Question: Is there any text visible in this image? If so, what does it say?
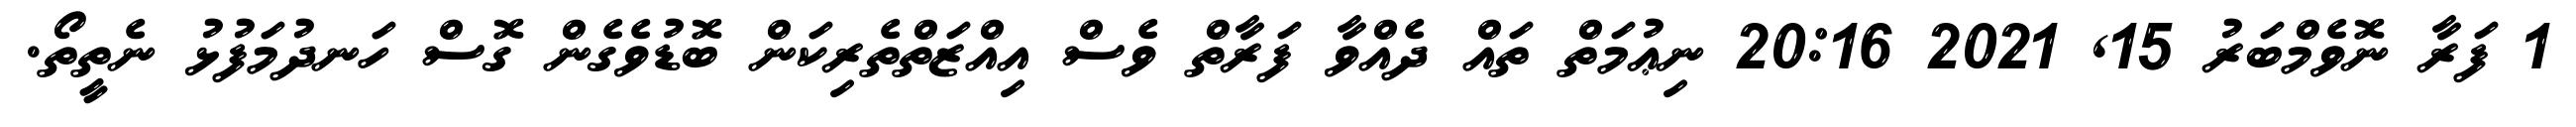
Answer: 1 ފަރާ ނޮވެމްބަރު 15, 2021 20:16 ނިޢުމަތް ތައް ދެއްވާ ފަރާތް ވެސް އިއްޒަތްތެރިކަން ބޮޑުވެގެން ގޮސް ހަނދުމަފުޅު ނެތީތޯ.